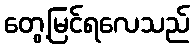
တွေ့မြင်ရလေသည်